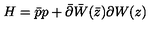
H = \bar { p } p + \bar { \partial } \bar { W } ( \bar { z } ) \partial W ( z )